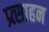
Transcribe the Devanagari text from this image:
प्र्त्साहन